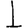
Digit: 1